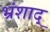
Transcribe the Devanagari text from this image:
भ्रंशाद्